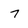
Character: 7